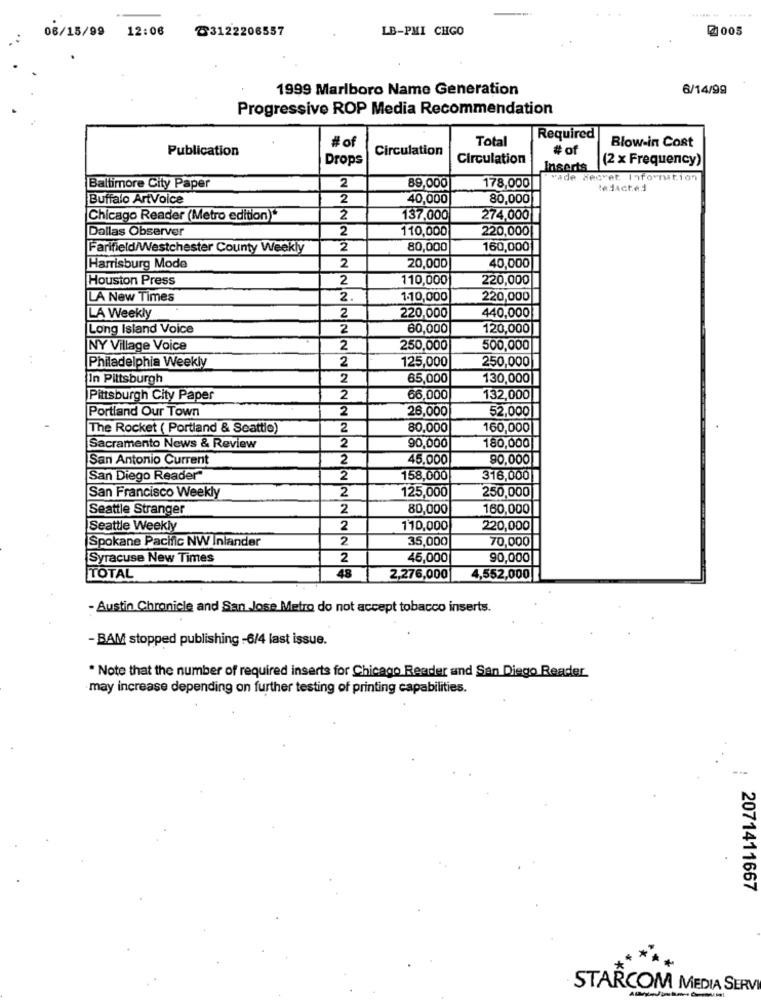
06/15/99
12:06
℃3122206557
LB-PMI CHGO
@ 005
1999 Marlboro Name Generation
6/14/99
Progressive ROP Media Recommendation
#o
Total
Required
Publication
Circulation
# of
Blow-in Cost
Drops
Circulation
(2 x Frequency)
Inserts
vade Hecvet Information
Baltimore City Paper
2
89,000
178,000
Buffalo ArtVoice
2
40,000
80,000
Chicago Reader (Metro edition)"
2
137,000
274,000
Dallas Observer
2
110,000
220,000
Farifield/Westchester County Weekly
2
80,000
160,000
20,000
Harrisburg Mode
2
40,000
Houston Press
2
110,000
220,000
LA New Times
2.
1.10,000
220,000
220,000
LA Weekly
2
440,000
Long Island Voice
2
60,000
120,000
NY Village Voice
2
250,000
500,000
2
125,000
250,000
Philadelphia Weekly
In Pittsburgh
2
65,000
130,000
Pittsburgh City Paper
2
66,000
132,000
Portland Our Town
2
26,000
52,000
The Rocket ( Portland & Seattle)
2
80,000
160,000
Sacramento News & Review
2
90,000
180,000
San Antonio Current
2
45,000
90,000
San Diego Reader"
2
158,000
316,000
2
125,000
250,000
San Francisco Weekly
Seattle Stranger
2
80,000
160,000
Seattle Weekly
2
110,000
220,000
Spokane Pacific NW Inlander
2
35,000
70,000
Syracuse New Times
2
45,000
90,000
TOTAL
48
2,276,000
4,552,000 |
- Austin Chronicle and San Jose Metro do not accept tobacco inserts.
- BAM stopped publishing -6/4 last issue.
. Note that the number of required inserts for Chicago Reader and San Diego Reader
may increase depending on further testing of printing capabilities.
2071411667
STARCOM MEDIA SERV